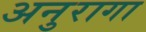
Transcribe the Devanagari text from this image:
अनुरागा